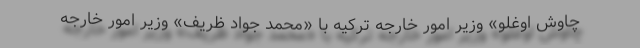
چاوش اوغلو» وزیر امور خارجه ترکیه با «محمد جواد ظریف» وزیر امور خارجه